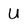
Character: U